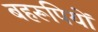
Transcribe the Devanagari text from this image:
बहरूपियों